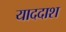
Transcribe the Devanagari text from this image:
याददाश